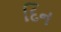
દિન